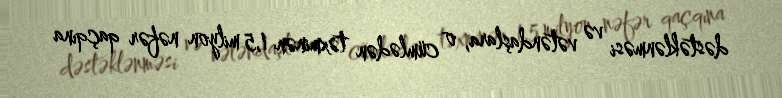
dəstəklənməsi və vətəndaşlara, o cümlədən təxminən 1,5 milyon nəfər qaçqına